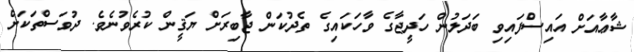
ޝާޢާއަށް އައިސްފައިވި ބަދަލުން ހަދީޖާގެ ވާހަކައިގެ ތެދުކަން ޖާބިރަށް ޔަޤީން ކުރެވުނެވެ. ދުވަސްތަކަށް